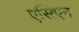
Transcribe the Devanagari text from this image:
एसिएन